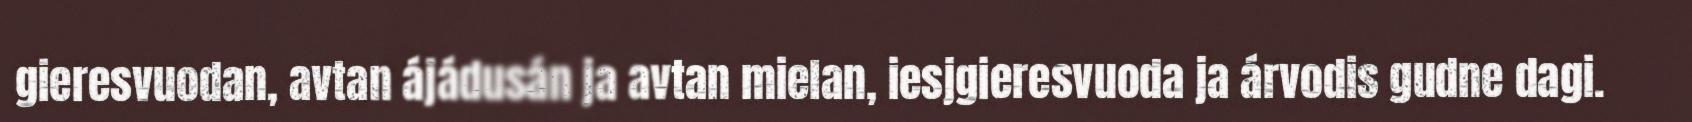
gieresvuodan, avtan ájádusán ja avtan mielan, iesjgieresvuoda ja árvodis gudne dagi.